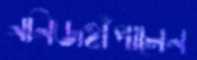
ননিজহাঁপালেন